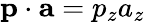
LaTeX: \mathbf{p}\cdot\mathbf{a}=p_{z}a_{z}